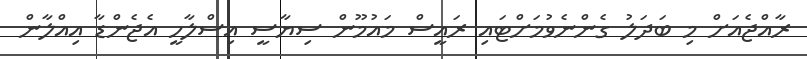
ރާއްޖެއަށް މި ބަދަލު ގެންނެވުމަށްޓައި ރައީސް މައުމޫން ސިޔާސީ އިސްލާހީ އެޖެންޑާ އިއްލާން